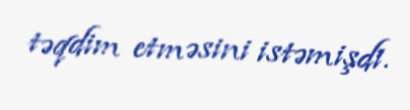
təqdim etməsini istəmişdi.